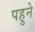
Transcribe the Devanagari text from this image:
पहुने